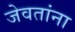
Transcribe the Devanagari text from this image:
जेवतांना